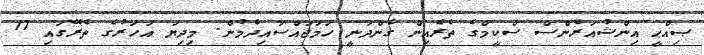
ޞިއްޙީ އިންޝުއަރެންސް ސްކީމްގެ ތެރެއިން ގެންދަނީ ހަމަޖައްސައިދެމުން. މިދިޔަ އަހަރުގެ ތެރޭގައި 17